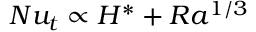
N u _ { t } \propto H ^ { * } + R a ^ { 1 / 3 }